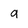
Character: 9